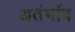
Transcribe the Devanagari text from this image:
अतंर्भाव